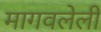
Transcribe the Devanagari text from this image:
मागवलेली